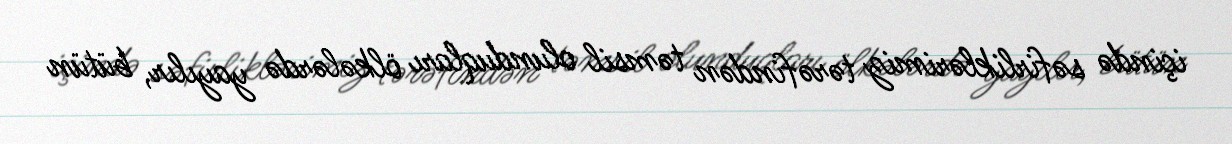
içində səfirliklərimiz tərəfindən təmsil olunduqları ölkələrdə yayılır, bütün